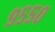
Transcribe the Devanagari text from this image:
९५५०